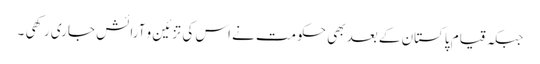
جبکہ قیام پاکستان کے بعد بھی حکومت نے اس کی تزئین و آرائش جاری رکھی ۔